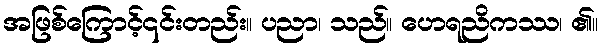
အဖြစ်ကြောင့်၎င်းတည်း။ ပညာ၊ သည်။ ဟေရညိကဿ၊ ၏။